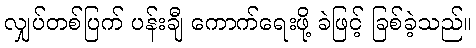
လျှပ်တစ်ပြက် ပန်းချီ ကောက်ရေးဖို့ ခဲဖြင့် ခြစ်ခဲ့သည်။